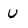
Character: u